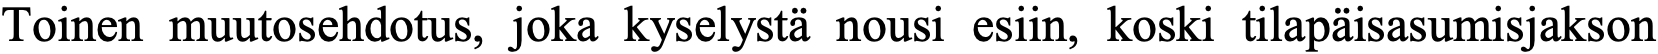
Toinen muutosehdotus, joka kyselystä nousi esiin, koski tilapäisasumisjakson